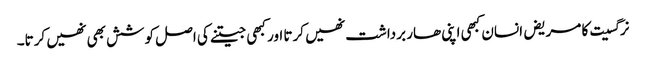
نرگسیت کا مریض انسان کبھی اپنی ھار برداشت نھیں کرتا اور کبھی جیتنے کی اصل کوشش بھی نھیں کرتا۔